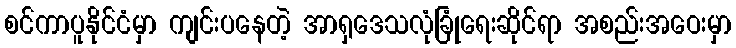
စင်ကာပူနိုင်ငံမှာ ကျင်းပနေတဲ့ အာရှဒေသလုံခြုံရေးဆိုင်ရာ အစည်းအဝေးမှာ